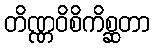
တိဏ္ဏဝိစိကိစ္ဆတာ